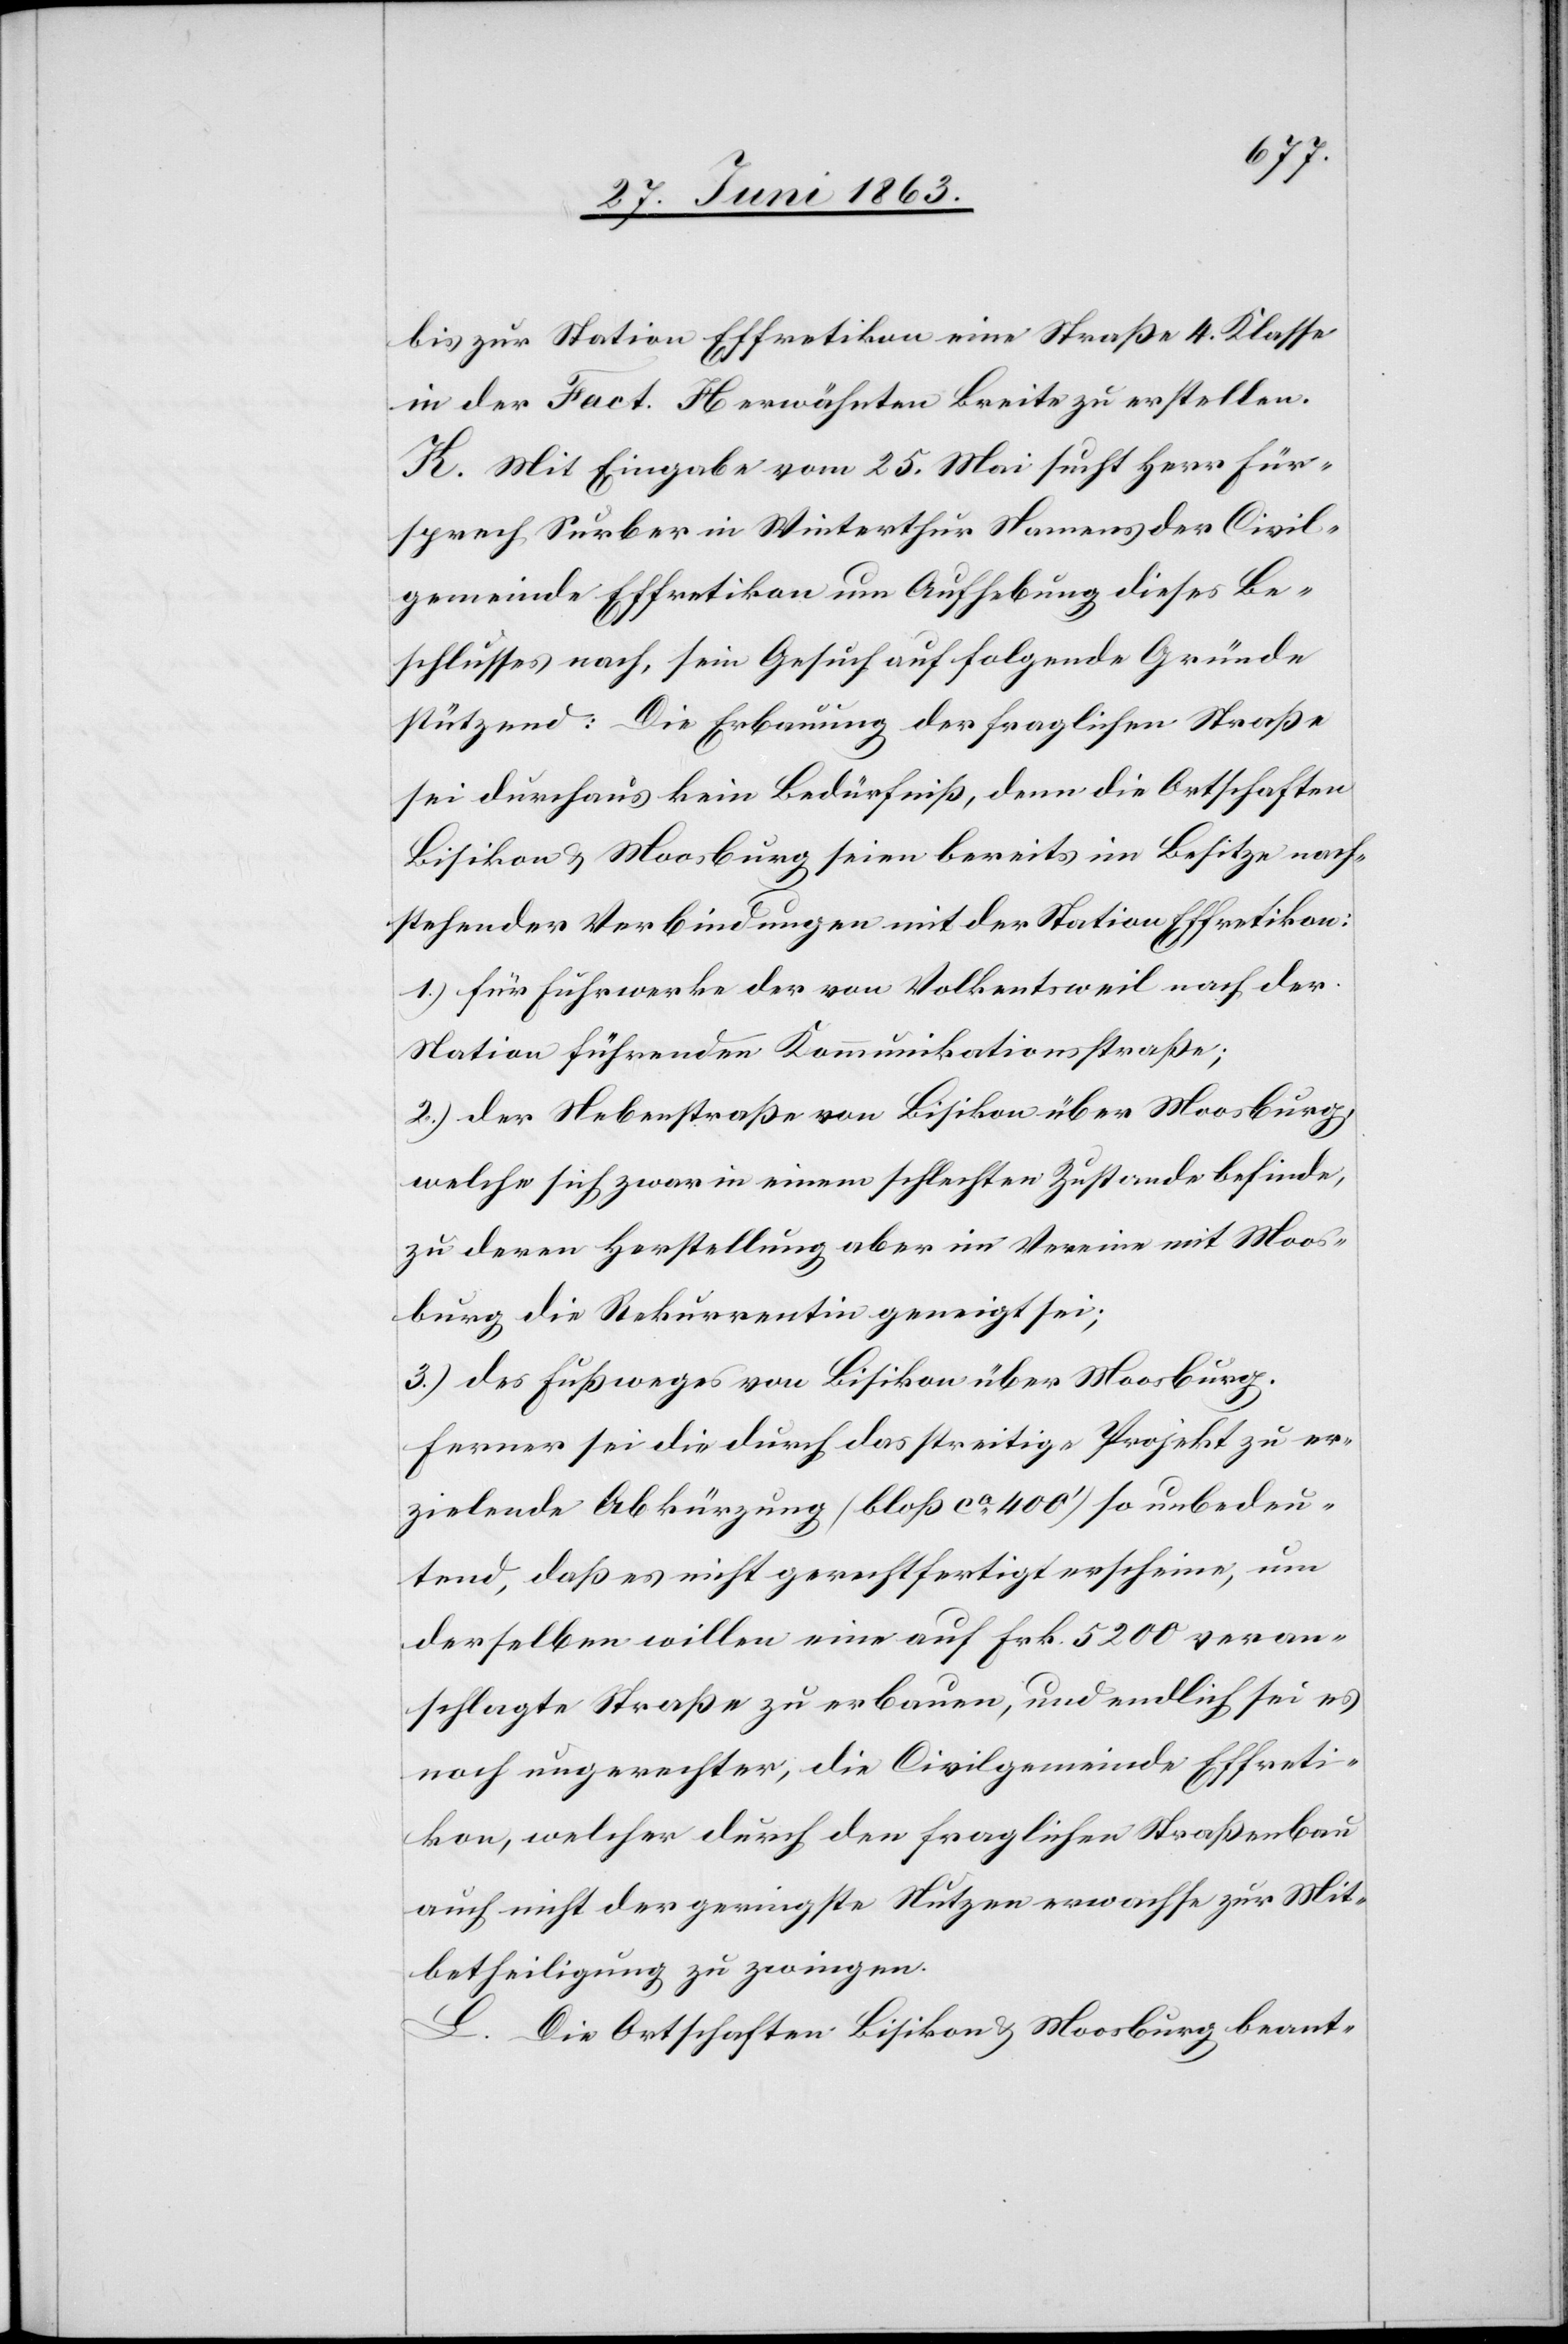
bis zur Station Effretikon eine Straße 4. Klasse
in der Fact. H. erwähnten Breite zu erstellen.
K. Mit Eingabe vom 25. Mai sucht Herr Für¬
sprech Surber in Winterthur Namens der Civil¬
gemeinde Effretikon um Aufhebung dieses Be¬
schlusses nach, sein Gesuch auf folgende Gründe
stützend: Die Erbauung der fraglichen Straße
sei durchaus kein Bedürfniß, denn die Ortschaften
Bisikon & Moosburg seien bereits im Besitze nach¬
stehender Verbindungen mit der Station Effretikon:
1.) für Fuhrwerke der von Volkentsweil nach der
Station führenden Kommunikationsstraße;
2.) der Nebenstraße von Bisikon über Moosburg,
welche sich zwar in einem schlechten Zustande befinde,
zu deren Herstellung aber im Vereine mit Moos¬
burg die Rekurrentin geneigt sei;
3.) des Fußweges von Bisikon über Moosburg.
Ferner sei die durch das streitige Projekt zu er¬
zielende Abkürzung (bloß ca 400') so unbedeu¬
tend, daß es nicht gerechtfertigt erscheine, um
derselben willen eine auf Frk. 5200 veran¬
schlagte Straße zu erbauen, und endlich sei es
noch ungerechter, die Civilgemeinde Effreti¬
kon, welcher durch den fraglichen Straßenbau
auch nicht der geringste Nutzen erwachse zur Mit¬
betheiligung zu zwingen.
L. Die Ortschaften Bisikon & Moosburg beant-